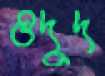
ওদুদ